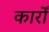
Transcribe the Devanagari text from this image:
कारोँ